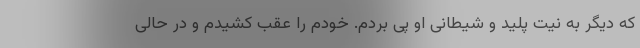
که دیگر به نیت پلید و شیطانی او پی بردم. خودم را عقب کشیدم و در حالی